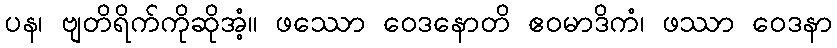
ပန၊ ဗျတိရိက်ကိုဆိုအံ့။ ဖဿော ဝေဒနောတိ ဧဝမာဒိကံ၊ ဖဿာ ဝေဒနာ